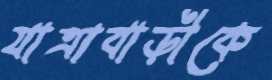
যাত্রাবাড়ীকে